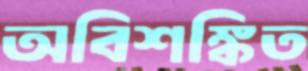
অবিশঙ্কিত